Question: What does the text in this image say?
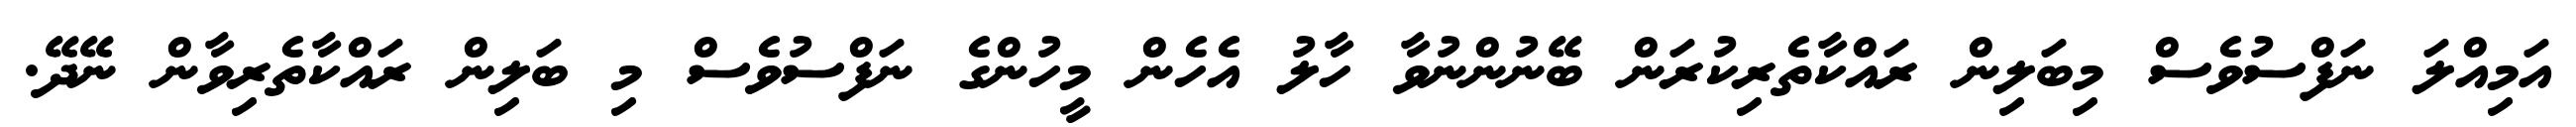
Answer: އަމިއްލަ ނަފްސުވެސް މިބަލިން ރައްކާތެރިކުރަން ބޭނުންނުވާ ހާލު އެހެން މީހުންގެ ނަފްސުވެސް މި ބަލިން ރައްކާތެރިވާން ނޭދޭ.